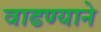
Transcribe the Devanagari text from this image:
वाढण्याने